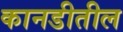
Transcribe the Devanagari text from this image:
कानडीतील